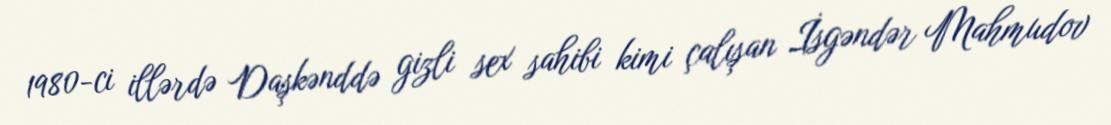
1980-ci illərdə Daşkənddə gizli sex sahibi kimi çalışan İsgəndər Mahmudov